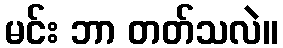
မင်း ဘာ တတ်သလဲ။